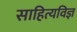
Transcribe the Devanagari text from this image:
साहित्यविज्ञ